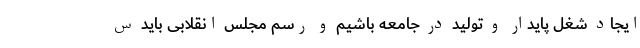
ایجاد شغل پایدار و تولید در جامعه باشیم و رسم مجلس انقلابی باید س